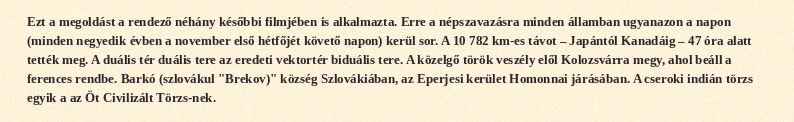
Ezt a megoldást a rendező néhány későbbi filmjében is alkalmazta. Erre a népszavazásra minden államban ugyanazon a napon (minden negyedik évben a november első hétfőjét követő napon) kerül sor. A 10 782 km-es távot – Japántól Kanadáig – 47 óra alatt tették meg. A duális tér duális tere az eredeti vektortér biduális tere. A közelgő török veszély elől Kolozsvárra megy, ahol beáll a ferences rendbe. Barkó (szlovákul "Brekov)" község Szlovákiában, az Eperjesi kerület Homonnai járásában. A cseroki indián törzs egyik a az Öt Civilizált Törzs-nek.